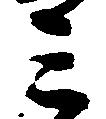
み